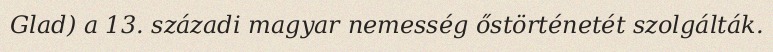
Glad) a 13. századi magyar nemesség őstörténetét szolgálták.